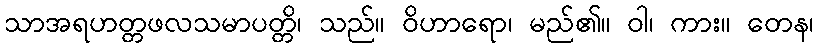
သာအရဟတ္တဖလသမာပတ္တိ၊ သည်။ ဝိဟာရော၊ မည်၏။ ဝါ၊ ကား။ တေန၊